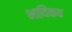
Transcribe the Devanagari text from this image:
भाविकच